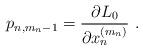
LaTeX: \begin{align*}p_{n,m_n-1}=\frac{\partial L_0}{\partial x_n^{(m_n)}}\ .\end{align*}